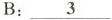
B: \underline{3}